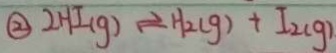
\textcircled { 2 } 2 H I ( g ) \rightleftharpoons H _ { 2 } ( g ) + I _ { 2 ( g ) }